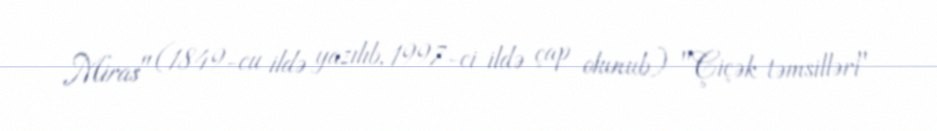
Miras" (1849-cu ildə yazılıb, 1997-ci ildə çap olunub) "Çiçək təmsilləri"